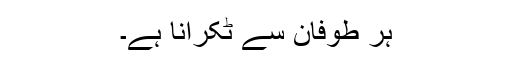
ہر طوفان سے ٹکرانا ہے۔